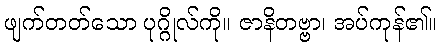
ဖျက်တတ်သော ပုဂ္ဂိုလ်ကို။ ဇာနိတဗ္ဗာ၊ အပ်ကုန်၏။